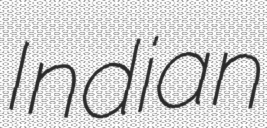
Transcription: Indian